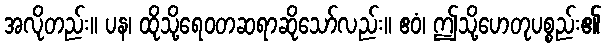
အလိုတည်း။ ပန၊ ထိုသို့ရေဝတဆရာဆိုသော်လည်း။ ဧဝံ၊ ဤသို့ဟေတုပစ္စည်း၏